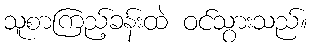
သူစာကြည့်ခန်းထဲ ဝင်သွားသည်။